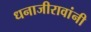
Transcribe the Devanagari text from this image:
धनाजीरावांनी